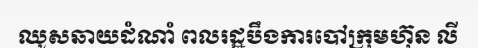
ឈូសឆាយដំណាំ ពលរដ្ឋបឹងការបៅក្រុមហ៊ុន លី